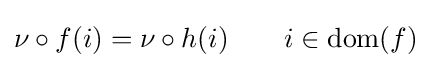
\nu \circ f(i)=\nu \circ h(i)\qquad i\in \operatorname {dom} (f)